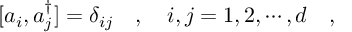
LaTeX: [ a _ { i } , a _ { j } ^ { \dagger } ] = \delta _ { i j } \ \ \ , \ \ \ i , j = 1 , 2 , \cdots , d \ \ \ ,